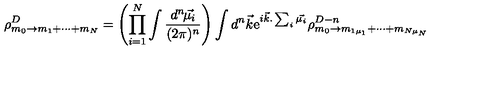
\rho _ { m _ { 0 } \rightarrow m _ { 1 } + \cdots + m _ { N } } ^ { D } = \left( \prod _ { i = 1 } ^ { N } \int \frac { d ^ { n } \! \vec { \mu _ { i } } } { ( 2 \pi ) ^ { n } } \right) \int d ^ { n } \vec { k } \mathrm { e } ^ { i \vec { k } . \sum _ { i } \vec { \mu _ { i } } } \rho _ { m _ { 0 } \rightarrow m _ { 1 \mu _ { 1 } } + \cdots + m _ { N \mu _ { N } } } ^ { D - n }